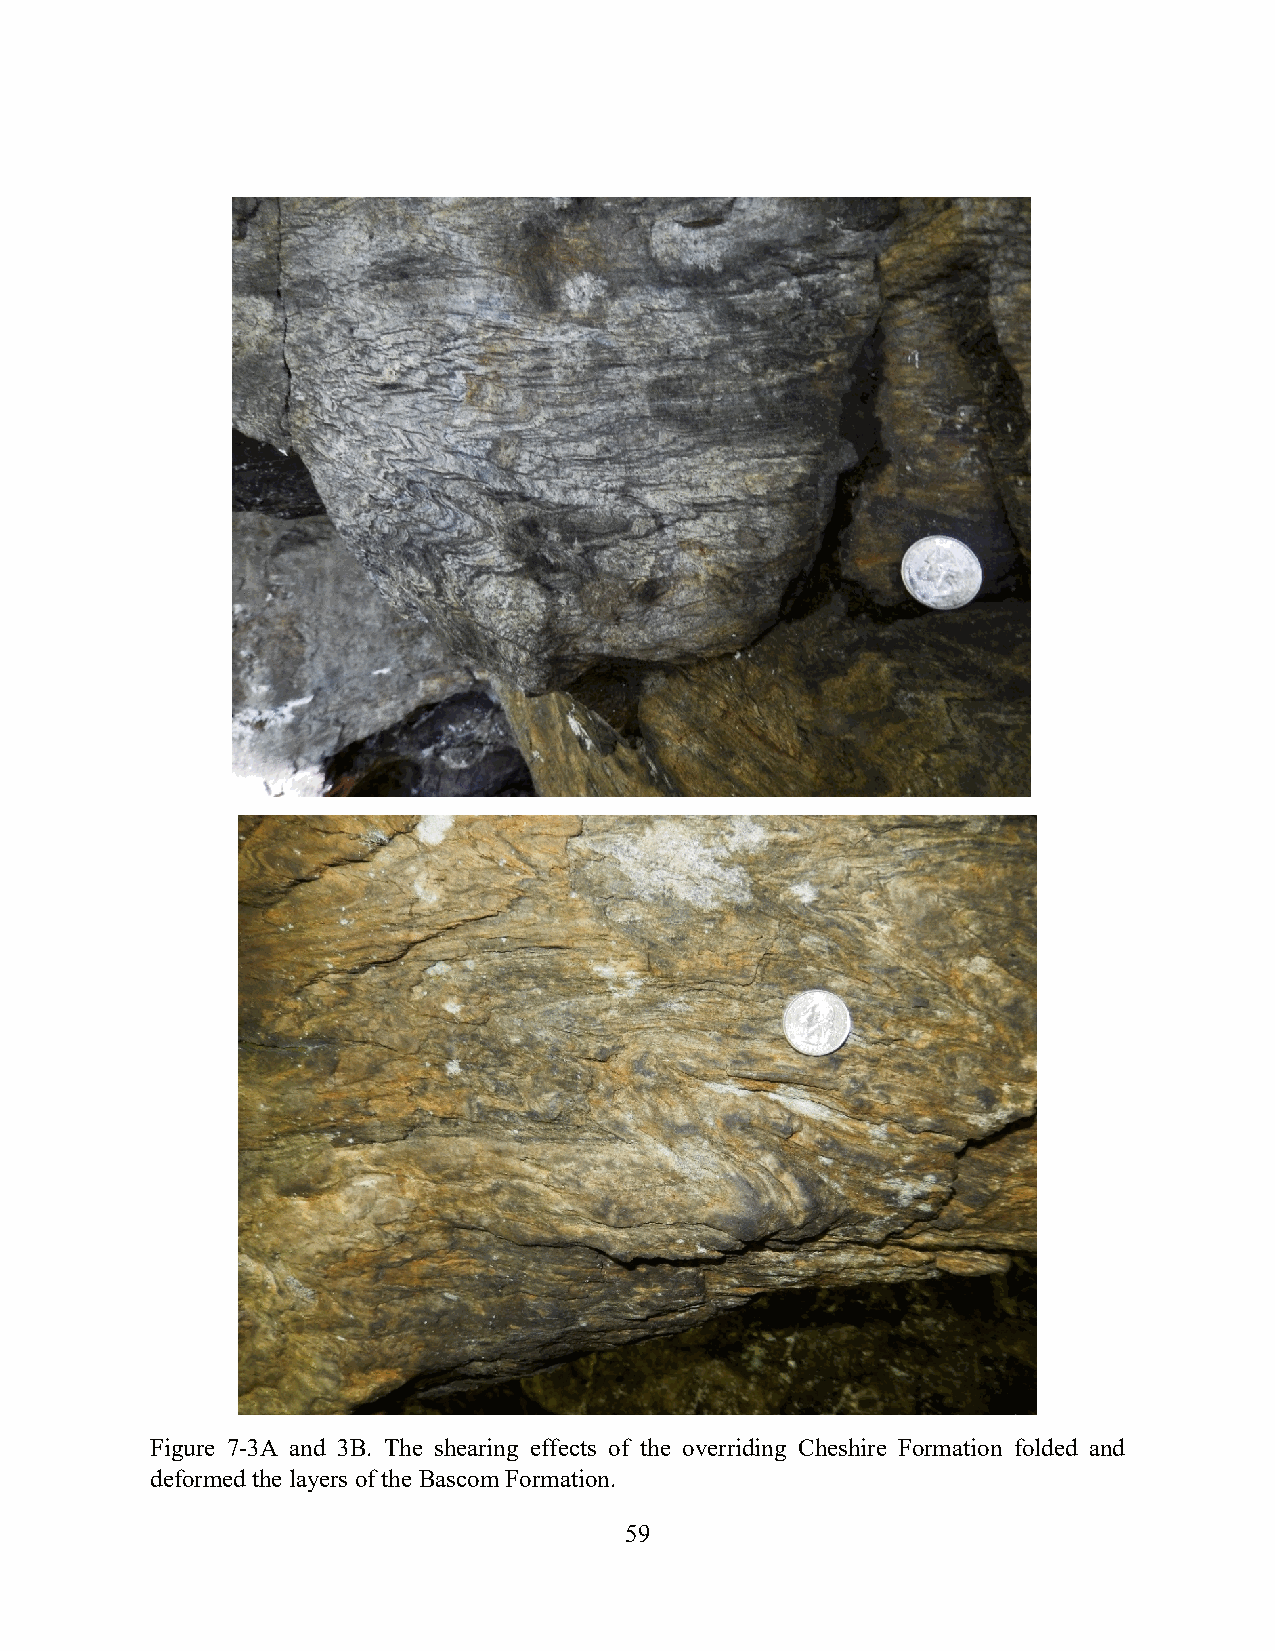
Figure 7-3A and 3B. The shearing effects of the overriding Cheshire Formation folded and
 deformed the layers of the Bascom Formation.
 59